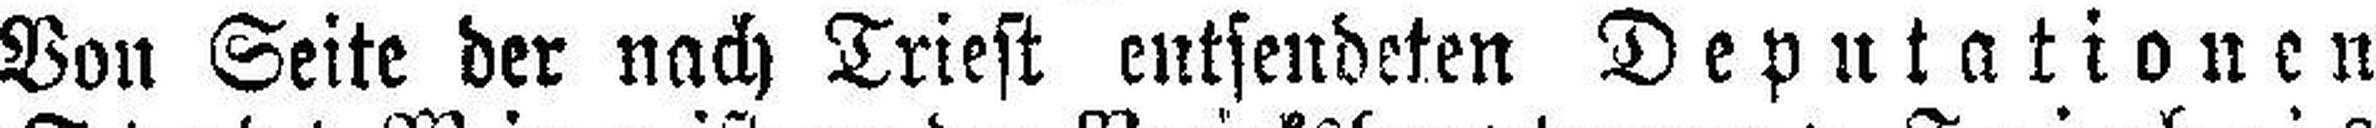
Von Seite der nach Triest entsendeten Deputationen